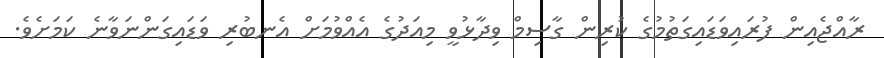
ރާއްޖެއިން ފުރައިވަޑައިގަތުމުގެ ކުރިން ގާސިމް ވިދާޅުވީ މިއަދުގެ އެއްވުމަށް އެނބުރި ވަޑައިގަންނަވާނެ ކަމަށެވެ.